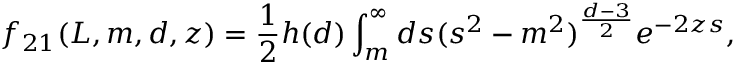
f _ { 2 1 } ( L , m , d , z ) = \frac { 1 } { 2 } h ( d ) \int _ { m } ^ { \infty } d s ( s ^ { 2 } - m ^ { 2 } ) ^ { \frac { d - 3 } { 2 } } e ^ { - 2 z s } , \qquad